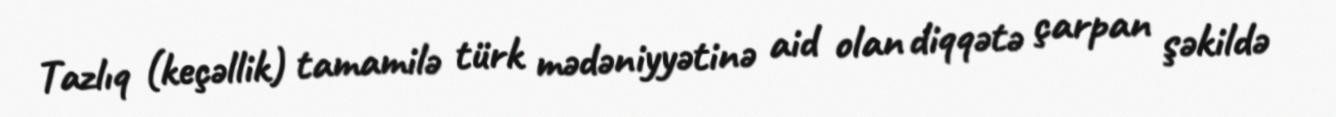
Tazlıq (keçəllik) tamamilə türk mədəniyyətinə aid olan diqqətə çarpan şəkildə